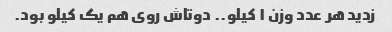
زدید هر عدد وزن ۱ کیلو.. دوتاش روی هم یک کیلو بود.